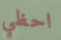
احظي